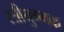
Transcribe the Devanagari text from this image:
स्त्रीयुग्मक